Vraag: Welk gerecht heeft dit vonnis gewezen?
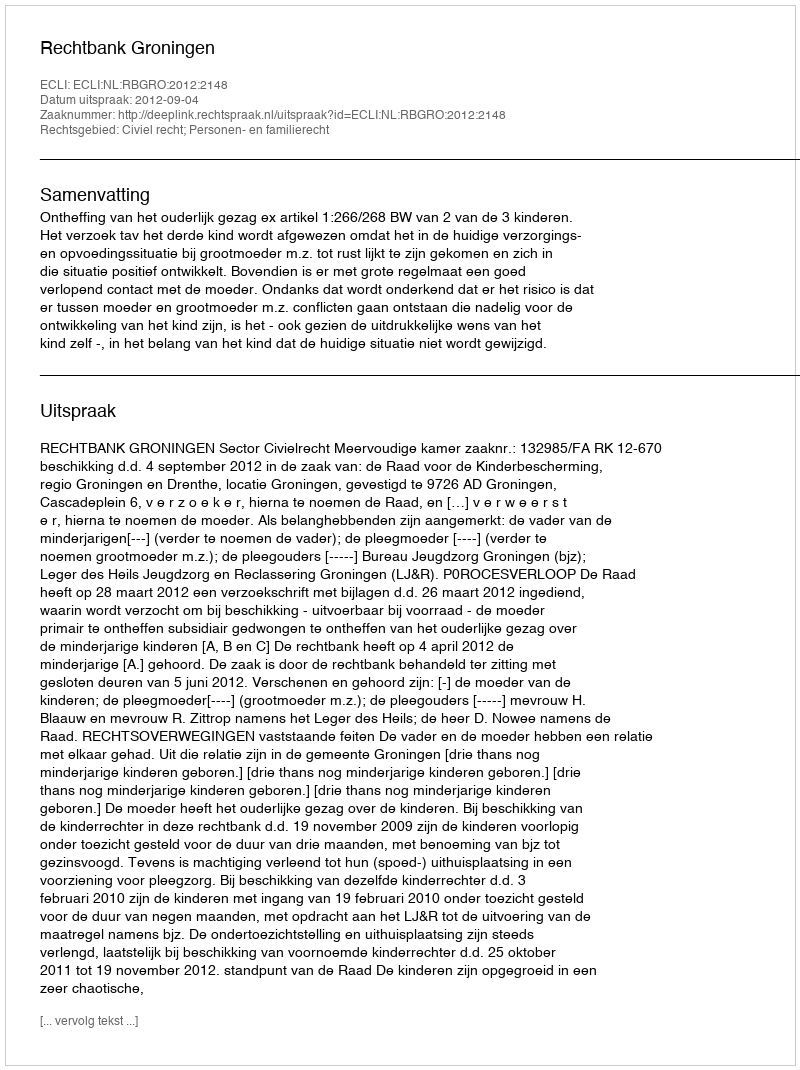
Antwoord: Rechtbank Groningen